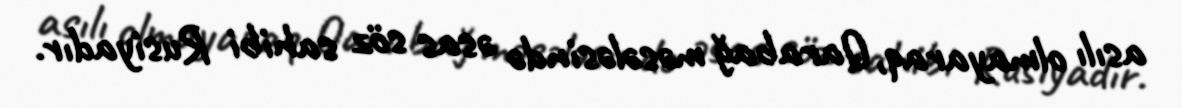
asılı olmayaraq, Qarabağ məsələsində əsas söz sahibi Rusiyadır.